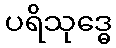
ပရိသုဒ္ဓေ